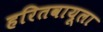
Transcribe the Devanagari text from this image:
हरितवायूला